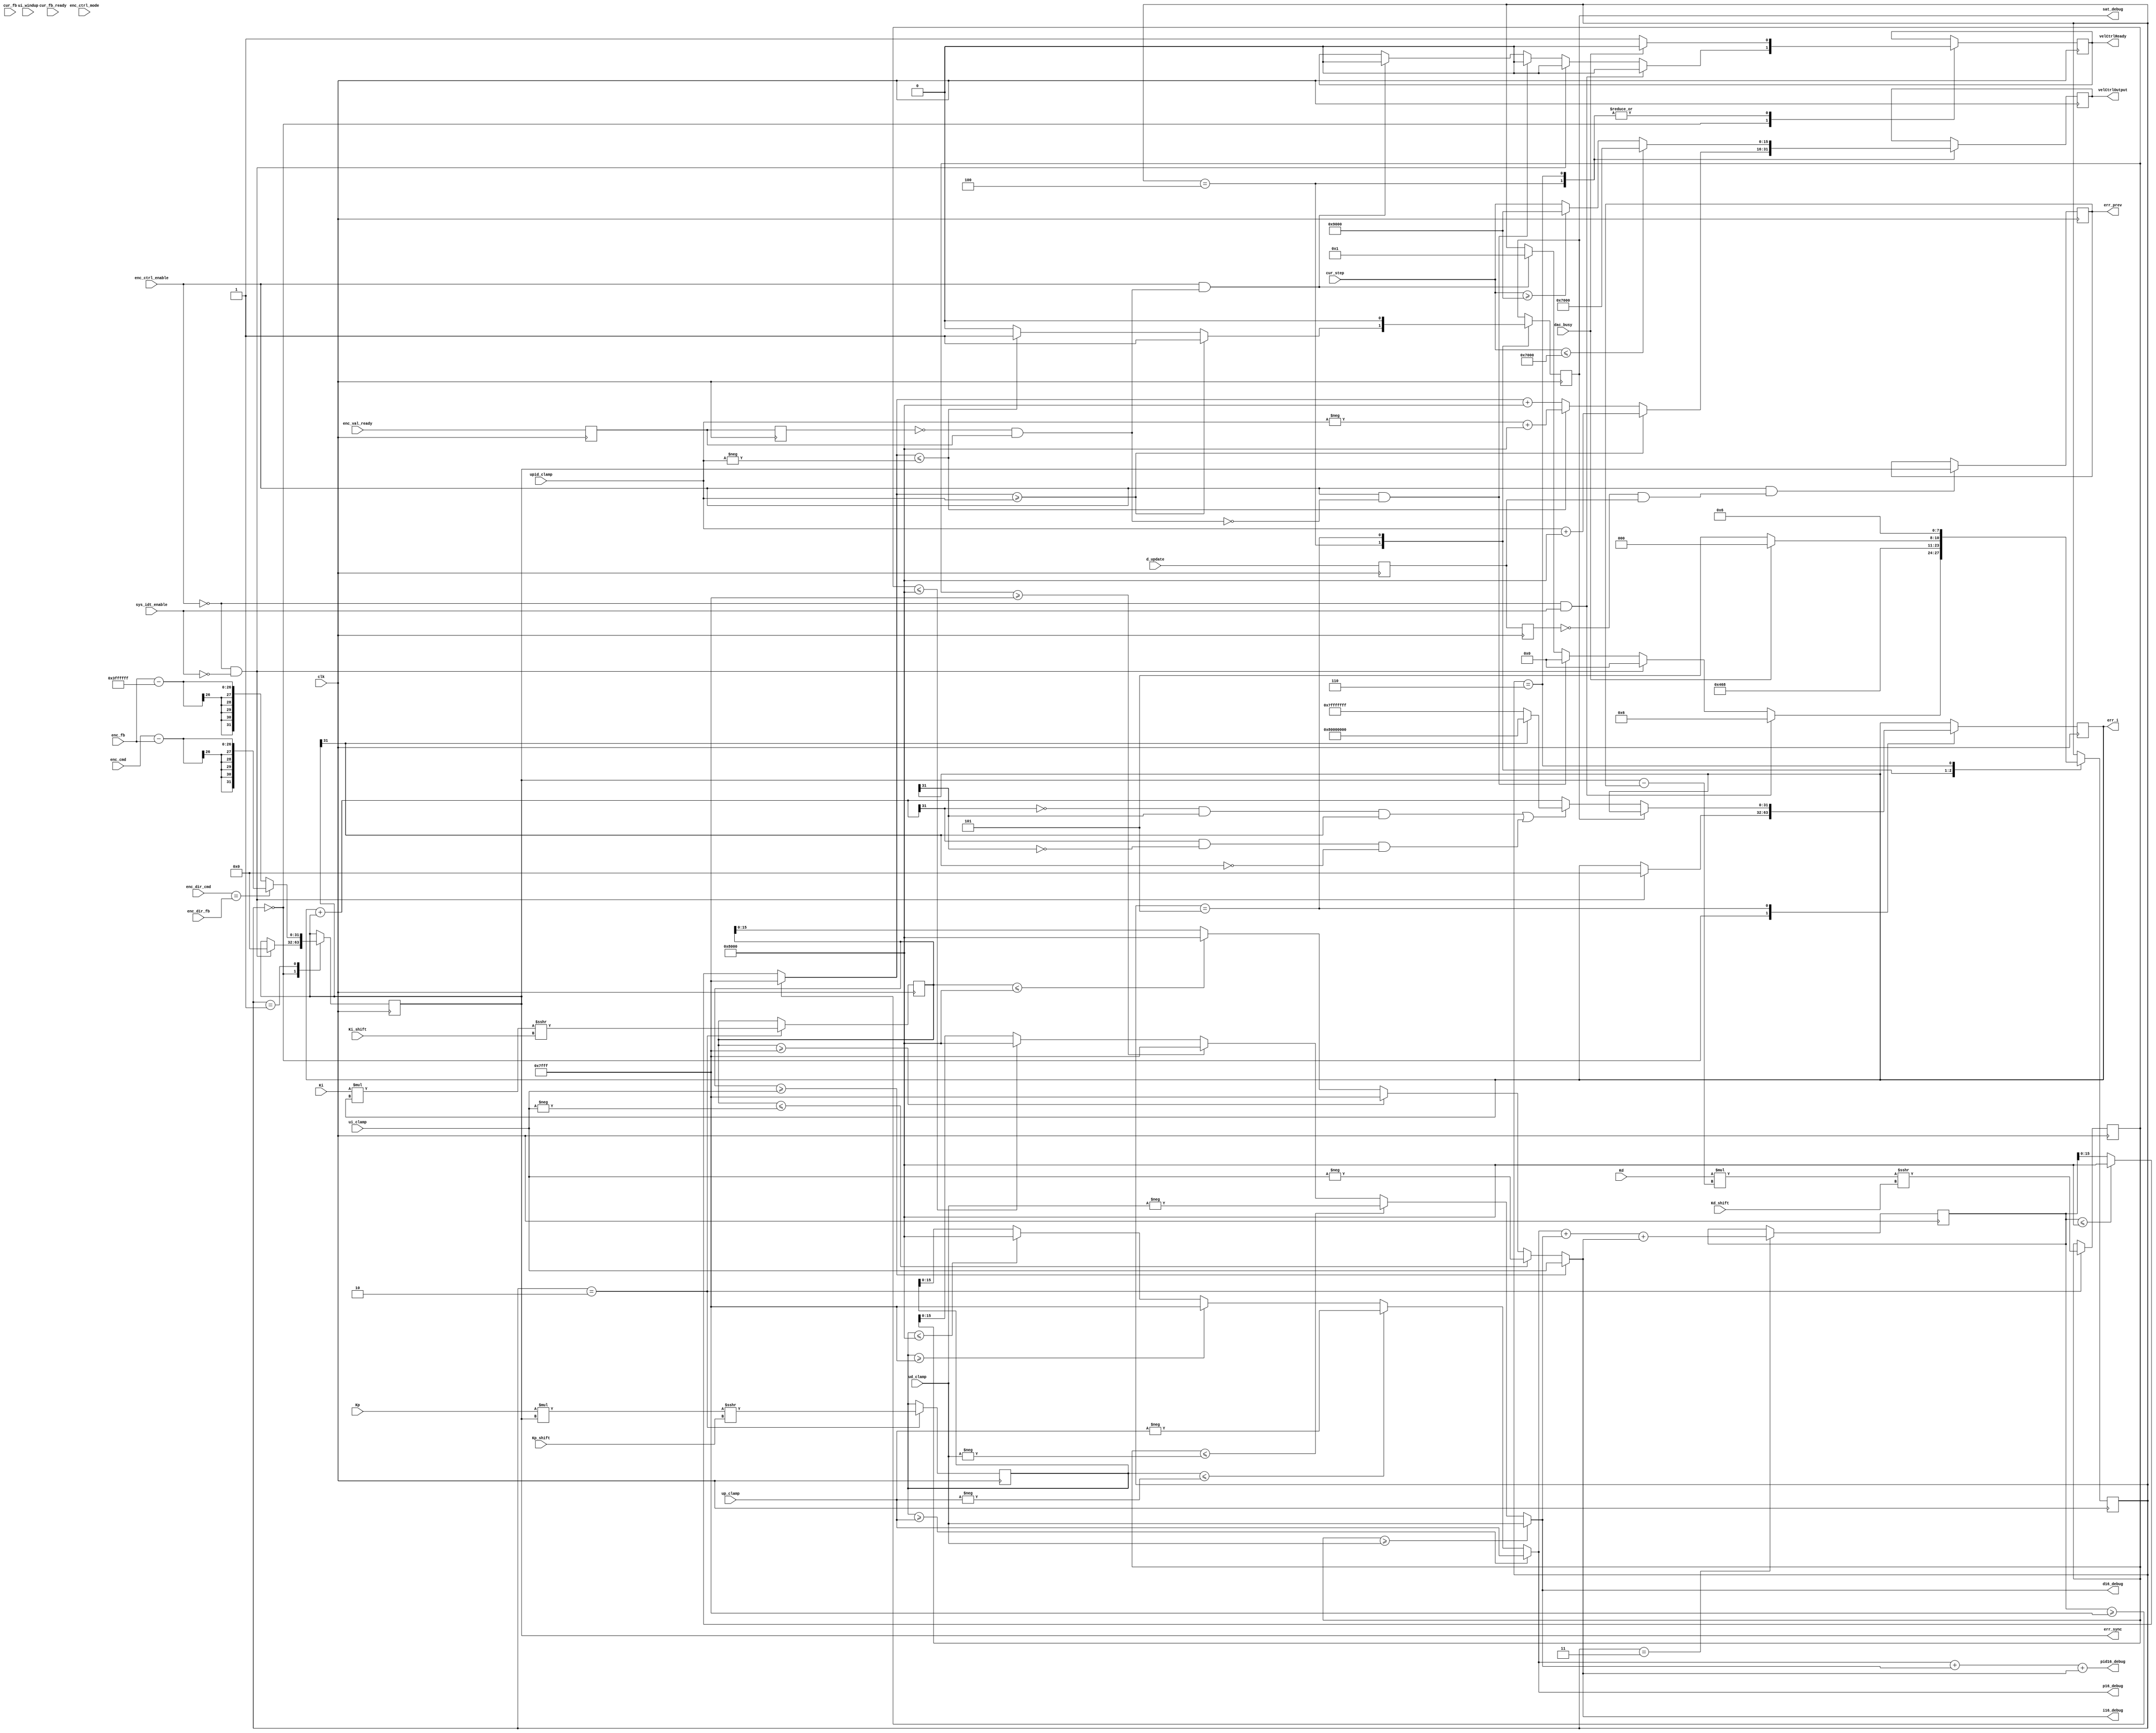
module CtrlVelST(
	input  wire                 clk,

    /*-----------------<control signals>-----------------*/
    // power
    input  wire                 enc_ctrl_enable,

    // controller mode
    input  wire          [2: 0] enc_ctrl_mode,

    // feedbacks
    input  wire          [15:0] cur_fb,
    input  wire                 cur_fb_ready,
    input  wire          [25:0] enc_fb,
    input  wire                 enc_dir_fb,
    input  wire                 enc_val_ready,

    // command
    input  wire                 enc_dir_cmd,
    input  wire          [25:0] enc_cmd,

    // errors
    output reg  signed   [31:0] err_sync,
    output reg  signed   [31:0] err_prev,
    output reg  signed   [31:0] err_i,

    // gains
    input  wire signed   [31:0] Kp,
    input  wire signed   [31:0] Ki,
    input  wire signed   [31:0] Kd,
    input  wire          [6 :0] Kp_shift, 
    input  wire          [6 :0] Ki_shift,
    input  wire          [6 :0] Kd_shift,
    input  wire signed   [15:0] up_clamp,
    input  wire signed   [15:0] ui_clamp,
    input  wire signed   [15:0] ud_clamp,
    input  wire signed   [15:0] upid_clamp,
    input  wire signed   [15:0] ui_windup,

    // d term update 
    input  wire                 d_update,

    // DAC busy
    input  wire                 dac_busy,

    // output to DAC
    output reg                  velCtrlReady,   
    output reg           [15:0] velCtrlOutput,
    

    /*---------------<system identification>-------------*/
    input wire                  sys_idt_enable,
    input wire           [15:0] cur_step,

    /*-------------------<debug signals>-----------------*/
    output wire  signed   [15:0] p16_debug,
    output wire  signed   [15:0] i16_debug,
    output wire  signed   [15:0] d16_debug,
    output wire           [15:0] pid16_debug,
    output wire                  sat_debug
);

// ----------------------------------------
// local parameters
// ----------------------------------------
// if greater than the largest positive number,
// or lower than the smallest negative number,
// then set intermediate output to below constants
parameter signed max_pos16 = 16'sh7fff;
parameter signed min_neg16 = 16'sh8000;
parameter signed max_pos32 = 32'sh7fffffff;
parameter signed min_neg32 = 32'sh80000000;

parameter cur_offset = 16'h8000;
parameter signed freeze_perd = 32'sh03FFFFFF;

// ----------------------------------------
// trigger signals
// ----------------------------------------
// encoder period new value trigger
reg  enc_val_ready_sync;
reg  enc_val_ready_prev;
wire enc_val_ready_trigger;

always @(posedge(clk)) 
begin
    enc_val_ready_sync <= enc_val_ready;
    enc_val_ready_prev <= enc_val_ready_sync;
end
assign enc_val_ready_trigger = (!enc_val_ready_prev) && enc_val_ready_sync;

// d term update new value trigger
reg  d_update_sync;
reg  d_update_prev;
wire d_update_trigger;

always @(posedge(clk)) 
begin
    d_update_sync <= d_update;
    d_update_prev <= d_update_sync;
end
assign d_update_trigger = (!d_update_prev) && d_update_sync;

// ----------------------------------------
// debug
// ----------------------------------------
assign p16_debug = p16;
assign i16_debug = i16;
assign d16_debug = d16;
assign pid16_debug = p16_debug + d16_debug + i16_debug;
assign sat_debug = velCtrlSaturate;

// ----------------------------------------
// combinatorial logics
// ----------------------------------------
// 64 bits
reg signed [63:0] p64;
reg signed [63:0] i64;
reg signed [63:0] d64;

// 16 bits
wire signed [15:0] p16;
wire signed [15:0] i16;
wire signed [15:0] d16;
wire signed [15:0] pid16;

// 18 bit
reg signed [17:0] pid18;

// truncate to 16 bits to fit current bit format
assign p16 = (p64 >=  up_clamp)  ?  up_clamp :
             ((p64 <= -up_clamp) ? -up_clamp :
             ((p64 >= max_pos16) ? max_pos16 :
             ((p64 <= min_neg16) ? min_neg16 : p64[15:0])));

assign i16 = (i64 >=  ui_clamp)  ?  ui_clamp :
             ((i64 <= -ui_clamp) ? -ui_clamp :
             ((i64 >= max_pos16) ? max_pos16 :
             ((i64 <= min_neg16) ? min_neg16 : i64[15:0])));

assign d16 = (d64 >=  ud_clamp)  ?  ud_clamp :
             ((d64 <= -ud_clamp) ? -ud_clamp :
             ((d64 >= max_pos16) ? max_pos16 :
             ((d64 <= min_neg16) ? min_neg16 : d64[15:0])));

assign pid16 = (pid18 >= max_pos16)  ? max_pos16 :
               ((pid18 <= min_neg16) ? min_neg16 : pid18[15:0]);

// integral error overflow detection
wire signed [31:0] err_i_tmp;
assign             err_i_tmp = err_i + err_sync;

wire   overflow;
assign overflow = (~err_i_tmp[31] & err_i[31] & err_sync[31]) | 
                  (err_i_tmp[31] & (~err_i[31]) & (~err_sync[31]));

// control output satuaration detection
reg   velCtrlSaturate;

// --------------------------------------------------
// implementation
//
// NOTE:
//      P term runs at sysclk, which is ~ 50 MHz. There is no need to do this as DAC module can
//      only process data at ~340kHz (49.152MHz/128).
//      I term, here as current feedback, is dependent on the sampling frequency of ADC module,
//      which runs at ~120kHz.
//      D term should not be computed that fast using sysclk because the difference might not
//      be significant between each sysclk edge. For now, we could use the same rate as ADC.
// --------------------------------------------------

/*<state machine>*/
reg [3:0] state;
parameter
    ST_CAL_IDLE  = 4'd0,
    ST_CAL_ERR   = 4'd1,
    ST_CAL_64    = 4'd2,
    ST_CAL_SUM   = 4'd3,
    ST_CAL_CLAMP = 4'd4,
    ST_CAL_OUT   = 4'd5,
    ST_SYS_IDT   = 4'd6;
    

initial 
begin
    state = ST_CAL_IDLE;
end

/*
* Theory of Operation:
* <ST_CAL_idle> : waiting for command, e.g. system identify, PID procedure, reset, etc.
* <ST_CAL_ERR>  : when encoder feedback is ready, computer error                 ---> <ST_CAL_64>   loop itself if not new input
* <ST_CAL_64>   : error is computed, calculate 64 bit P, I, D control output     ---> <ST_CAL_SUM>
* <ST_CAL_SUM>  : sum clamped 16 bits P, I, D to calculate final control output; ---> <ST_CAL_OUT>
* <ST_CAL_OUT>  : based on saturation detection, update error integral;          ---> <ST_CAL_ERR>
* <ST_SYS_IDT>  : system identification
*/

always @(posedge(clk)) begin
    case (state)

        ST_CAL_IDLE:
        begin
            if (enc_ctrl_enable && enc_val_ready_trigger)
            begin
                // controller enabled, new encoder feedback received, compute error
                velCtrlReady <= 0;

                state <= ST_CAL_ERR;
            end

            if (enc_ctrl_enable && !enc_val_ready_trigger) 
            begin
                velCtrlReady <= 0; // TODO: should we reset ready bit here?

                // controller enabled, no new value received, wait here
                state <= ST_CAL_IDLE;
            end

            if (!enc_ctrl_enable && !sys_idt_enable) 
            begin
                velCtrlReady <= 0;

                // controller disabled, reset error etc.
                err_i <= 0;
                err_sync <= 0;

                state <= ST_CAL_IDLE;
            end

            if (!enc_ctrl_enable && sys_idt_enable) 
            begin
                velCtrlReady <= 0;
                
                // controller disabled, in system identification mode, i.e. command step current
                state <= ST_SYS_IDT;
            end
        end


        ST_CAL_ERR: // 1
        begin
            // check if direction is matched, if match, error is the difference; if match, error is now capped at 3FFFFFF
            err_sync <= (enc_dir_cmd == enc_dir_fb) ? {6'b0, enc_cmd} - {6'b0, enc_fb} : {6'b0, enc_fb} - freeze_perd;

            state <= ST_CAL_64;
        end


        ST_CAL_64: // 2
        begin
            // P output
            p64 <= (Kp * err_sync) >>> Kp_shift;
            // I output
            i64 <= (Ki * err_i) >>> Ki_shift;
            // D output
            d64 <= (Kd * (err_sync - err_prev)) >>> Kd_shift;

            state <= ST_CAL_SUM;
        end


        // NOTE: p16 + d16 + i16 might overflow 16'sh7fff, need overflow detection on this
        ST_CAL_SUM: // 3
        begin
            pid18 <= p16 + d16 + i16;

            state <= ST_CAL_CLAMP;
        end
        

        ST_CAL_CLAMP: // 4
        begin
            velCtrlOutput <= (pid16 >=  upid_clamp) ?  upid_clamp + cur_offset :
                             ((pid16 <= -upid_clamp) ? -upid_clamp + cur_offset : pid16 + cur_offset);

            velCtrlSaturate <= (pid16 >=  upid_clamp) ?  1 : 
                               ((pid16 <= -upid_clamp) ?  1 : 0);

            velCtrlReady  <= dac_busy ? 0 : 1'b1;

            state <= dac_busy ? ST_CAL_IDLE : ST_CAL_OUT;
        end


        ST_CAL_OUT: // 4
        begin
            err_i <= velCtrlSaturate ?  err_i :
                            overflow ? (err_sync[31] ? min_neg32 : max_pos32) :
                                        err_i_tmp;

            velCtrlSaturate <= 0;
            
            state <= ST_CAL_IDLE;
        end


        ST_SYS_IDT:
        begin
            // system identification mode disabled, return to IDLE state
            if (!sys_idt_enable)
            begin
                state <= ST_CAL_IDLE;
            end

            velCtrlOutput <= (cur_step <= 16'h7000) ? 16'h7000 : 
                             (cur_step >= 16'h9000) ? 16'h9000 : cur_step;

            velCtrlReady  <= dac_busy ? 0 : 1'b1;

            state <= ST_SYS_IDT;
        end

    endcase
end

// update previous error, for D control

initial
begin
    err_prev = 0;
end

always @(posedge(clk))
begin
    if (enc_ctrl_enable && d_update_trigger) // update at ADC sampling frequency, could use other rate if needed
    begin
        // update previous tracking error
        err_prev <= err_sync;
    end
end
// TODO: predictive control -- add acceleration to current velocity to estimate velocity at next clock cycle

endmodule